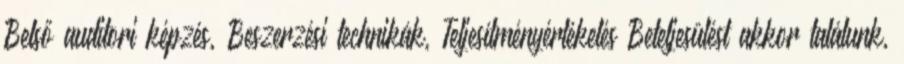
Belső auditori képzés, Beszerzési technikák, Teljesítményértékelés Beteljesülést akkor találunk,